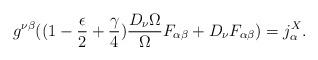
LaTeX: \begin{align*}g^{\nu \beta } ( (1 - \frac{\epsilon}{2} + \frac{\gamma}{4} ) \frac{D_{\nu} \Omega}{\Omega} F_{\alpha \beta} + D_{\nu} F_{\alpha \beta} )= j^{X}_{\alpha} .\end{align*}